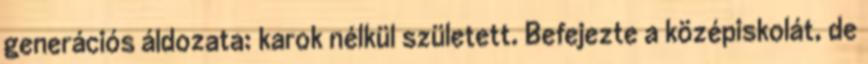
generációs áldozata: karok nélkül született. Befejezte a középiskolát, de